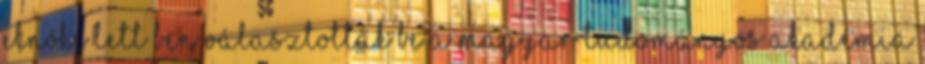
elnöke lett ben választották be a Magyar Tudományos Akadémia